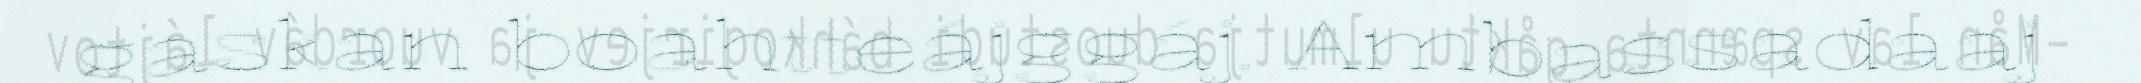
gaskan boahtteájggáj. Ambassadaaj